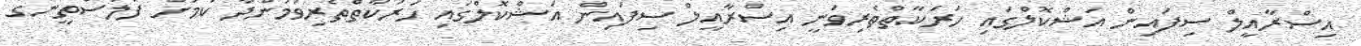
އިސްރާއީލް ސިފައިން އަޝްކޮލްގައި ހަރަކާތްތެރިވަނީ އިސްރާއީލް ސިފައިން އަޝްކޮލްގައި ހަރަކާތްތެރިވަމުންދާ ކަމަށް ފަލަސްތީނުގެ